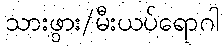
သားဖွား/မီးယပ်ရောဂါ